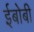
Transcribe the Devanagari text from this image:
ईबोबी